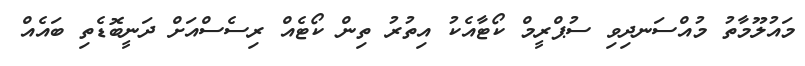
މައުލޫމާތު މުއްސަނދިވި ސުޕްރީމް ކޯޓާއެކު އިތުރު ތިން ކޯޓެއް ރިސެސްއަށް ދަނީބޮޑެތި ބައެއް